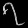
Digit: ၇